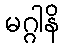
မဂ္ဂါနိ